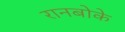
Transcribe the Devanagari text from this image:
रानबोके